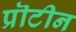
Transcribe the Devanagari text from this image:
प्रॊटीन